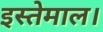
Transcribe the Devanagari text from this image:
इस्तेमाल।